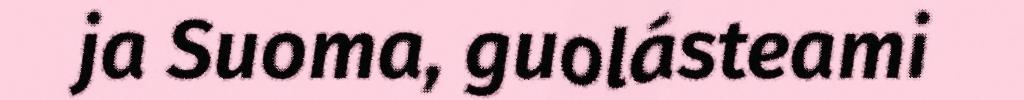
ja Suoma, guolásteami